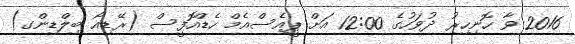
2016 ވާ ހޮނިހިރު ދުވަހުގެ 12:00 އަށް ޕީއެސްއެމް ހެޑްއޮފީސް (ރޭޑިއޯ ބިލްޑިންގ)